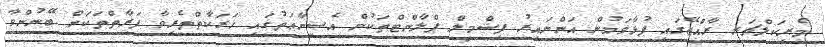
މެރިކަލްޗަރ ރާއްޖޭގައި ފުޅާވަމުން އަންނައިރު ފިޝްމީލް ޕްލާންޓްތަކުން އެސިނާޢަތުގައި ހަރަކާތްތެރިވާ ފަރާތްތަކަށް ބޭނުންވާ